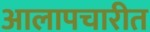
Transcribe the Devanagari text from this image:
आलापचारीत